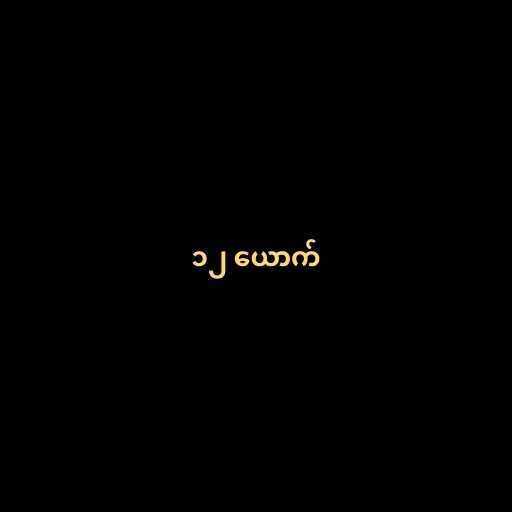
၁၂ ယောက်